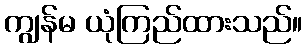
ကျွန်မ ယုံကြည်ထားသည်။